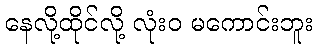
နေလို့ထိုင်လို့ လုံးဝ မကောင်းဘူး